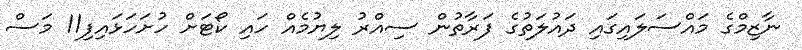
ނާޒިމްގެ މައްސަލައިގައި ދައުލަތުގެ ފަރާތުން ސިއްރު ލިޔުމެއް ހައި ކޯޓަށް ހުށަހަޅައިފި11 މަސް